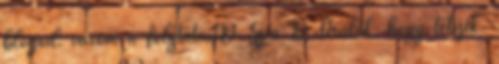
blogod: varom a folytatast:D Szia :D Örülök, hogy tetszik.